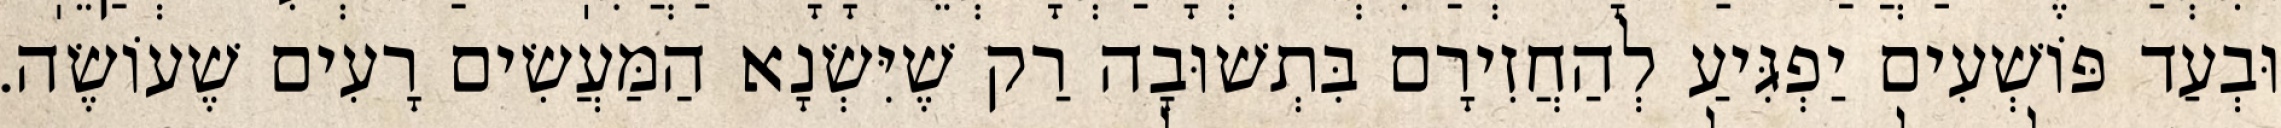
וּבְעַד פּוֹשְׁעִים יַפְגִּיעַ לְהַחֲזִירָם בִּתְשׁוּבָה רַק שֶׁיִּשְׂנָא הַמַּעֲשִׂים רָעִים שֶׁעוֹשֶׂה.